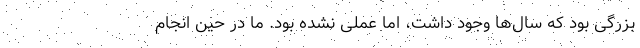
بزرگی بود که سال‌ها وجود داشت، اما عملی نشده بود. ما در حین انجام